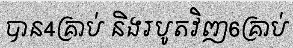
បាន4គ្រាប់ និងរបូតវិញ6គ្រាប់